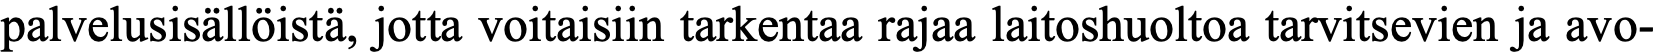
palvelusisällöistä, jotta voitaisiin tarkentaa rajaa laitoshuoltoa tarvitsevien ja avo-